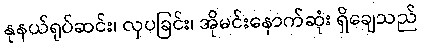
နုနယ်ရုပ်ဆင်း၊ လှပခြင်း၊ အိုမင်းနောက်ဆုံး ရှိချေသည်